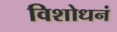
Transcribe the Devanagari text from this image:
विशोधनं